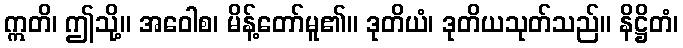
ဣတိ၊ ဤသို့။ အဝေါစ၊ မိန့်တော်မူ၏။ ဒုတိယံ၊ ဒုတိယသုတ်သည်။ နိဋ္ဌိတံ၊